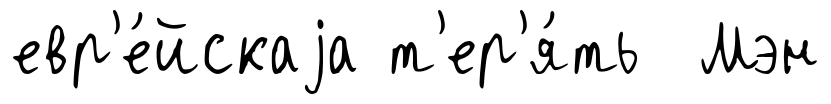
евр'е́йскаjа т'ер'я́ть Мэн